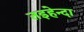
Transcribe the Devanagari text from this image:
तइहेन्दा